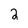
Character: 2